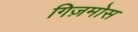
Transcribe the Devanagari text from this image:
गिज़मोस